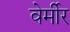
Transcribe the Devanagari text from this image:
वेर्मीर